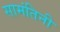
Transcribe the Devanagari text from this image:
सामंतिनी